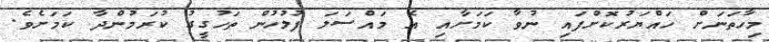
މިހާތަނަށް ހައްޔަރުކޮށްފައި ނުވާ ކަމަށާއި އެ މައްސަލަ ފުލުހުން ތަހުގީގު ކުރަމުންދާ ކަމަށެވެ.